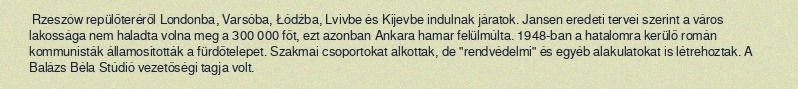
Rzeszów repülőteréről Londonba, Varsóba, Łódźba, Lvivbe és Kijevbe indulnak járatok. Jansen eredeti tervei szerint a város lakossága nem haladta volna meg a 300 000 főt, ezt azonban Ankara hamar felülmúlta. 1948-ban a hatalomra kerülő román kommunisták államosították a fürdőtelepet. Szakmai csoportokat alkottak, de "rendvédelmi" és egyéb alakulatokat is létrehoztak. A Balázs Béla Stúdió vezetőségi tagja volt.